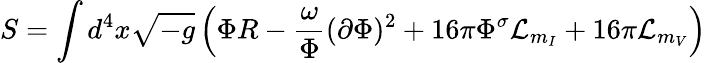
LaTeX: S=\int d^{4}x\sqrt{-g}\left(\Phi R-\frac{\omega}{\Phi}(\partial\Phi)^{2}+16\pi\Phi^{\sigma}{\cal L}_{m_{I}}+16\pi{\cal L}_{m_{V}}\right)